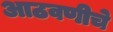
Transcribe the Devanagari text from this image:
आठवणीचे